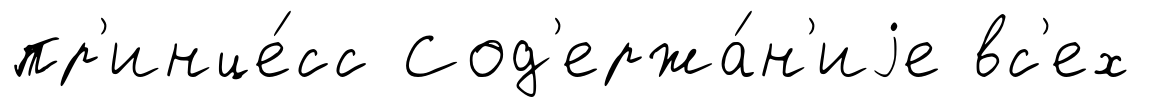
пр'инце́сс Сод'ержа́н'иjе вс'ех